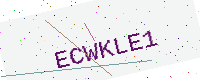
Text: ECWKLE1